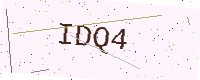
Text: IDQ4